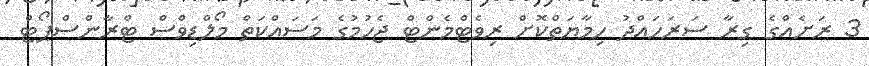
3 ރަށެއްގެ ގިރާ ސަރަހައްދު ހިމާޔަތްކޮށް ރިވެޓްމެންޓް ޖެހުމުގެ މަސައްކަތް މޯލްޑިވްސް ޓްރާންސްޕޯޓް